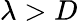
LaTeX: \lambda>D